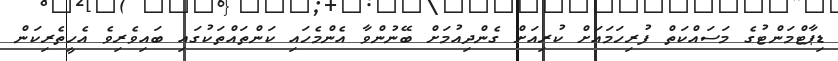
ޑިޕާޓްމަންޓުގެ މަސައްކަތް ފުރިހަމައަށް ކުރިއަށް ގެންދިއުމަށް ބޭނުންވާ އެންމެހައި ކަންތައްތަކުގައި ބައިވެރިވެ އެހީތެރިކަން